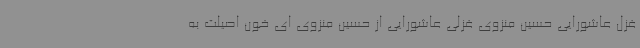
غزل عاشورایی حسین منزوی غزلی عاشورایی از حسین منزوی ای خون اصیلت به